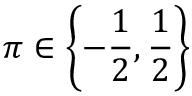
\pi \in \left\{ - \frac { 1 } { 2 } , \frac { 1 } { 2 } \right\}